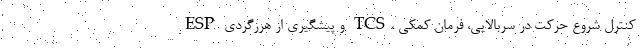
ESP و پیشگیری از هرزگردی TCS، کنترل شروع حرکت در سربالایی، فرمان کمکی